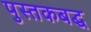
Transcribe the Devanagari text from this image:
पुस्तकबद्ध